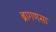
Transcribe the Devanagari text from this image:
ब्रागणसा